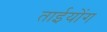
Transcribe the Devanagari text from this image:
ताईयोंग